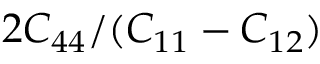
2 C _ { 4 4 } / ( C _ { 1 1 } - C _ { 1 2 } )